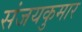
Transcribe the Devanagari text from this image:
संजयकुमार